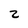
Character: Z